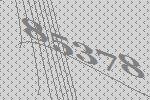
85378